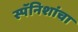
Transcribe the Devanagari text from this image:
स्पॅनिशांचा